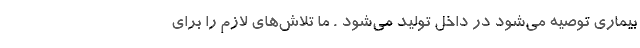
بیماری توصیه می‌شود در داخل تولید می‌شود . ما تلاش‌های لازم را برای